Vaccination North-Western Provinces 1866-1877 - 1866-1877
Year: 1866
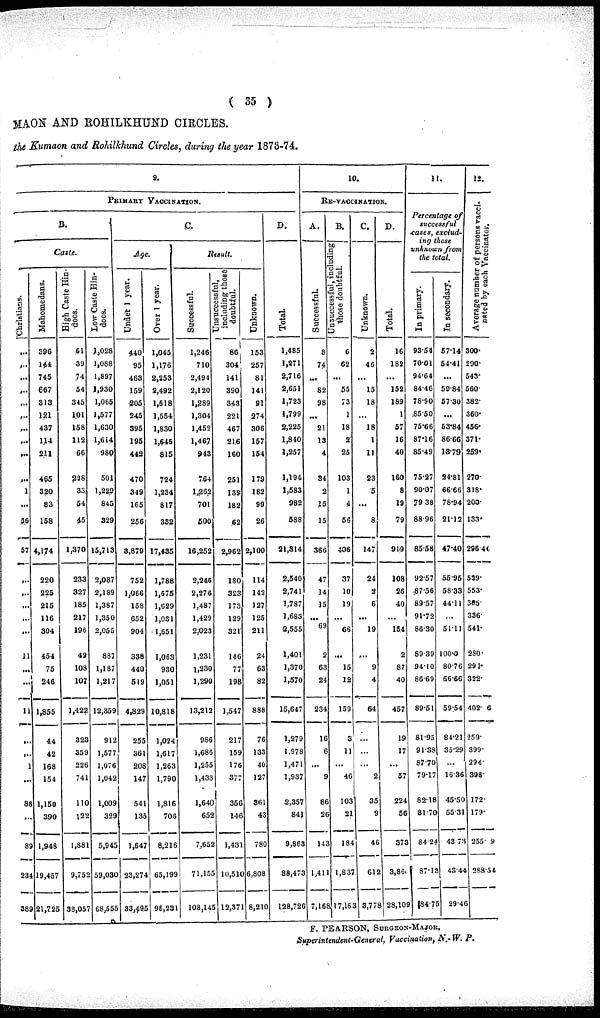
( 35 )
MAON AND ROHILKHUND CIRCLES.
the Kumaon and Rohilkhund Circles, during the year 1873-74.
9.
PRIMARY VACCINATION.
B.
Caste.
Christians.
...
...
...
...
...
...
...
...
...
...
1
...
56
57
...
...
...
...
...
11
...
...
11
...
...
1
...
88
...
89
234
389
Mahomedans.
396
144
745
667
313
121
437
114
211
465
320
83
158
4,174
220
225
215
116
304
454
75
246
1,855
44
42
168
154
1,150
390
1,948
19,457
21,725
High Caste Hin-
doos.
61
39
74
54
345
101
158
112
66
228
33
54
45
1,370
233
327
185
217
196
49
108
107
1,422
323
359
226
741
110
122
1,881
9,752
38,057
Low Caste Hin-
doos.
1,028
1,088
1,897
1,930
1,065
1,577
1,630
1,614
980
501
1,229
845
329
15,713
2,087
2,189
1,387
1,350
2,055
887
1,187
1,217
12,359
912
1,577
1,076
1,042
1,009
329
5,945
59,030
68,555
C.
Age.
Under 1 year.
440
95
463
159
205
245
395
195
442
470
349
165
256
3,879
752
1,066
158
652
904
338
440
519
4,829
255
361
208
147
541
135
1,647
23,274
33,495
Over 1 year.
1,045
1,176
2,253
2,492
1,518
1,554
1,830
1,645
815
724
1,234
817
332
17,435
1,788
1,675
1,629
1,031
1,651
1,063
930
1,051
10,818
1,024
1,617
1,263
1,790
1,816
706
8,216
65,199
96,231
Result.
Successful.
1,246
710
2,494
2,120
1,289
1,304
1,452
1,467
943
764
1,262
701
500
16,252
2,246
2,276
1,487
1,429
2,023
1,231
1,230
1,290
13,212
986
1,686
1,255
1,433
1,640
652
7,652
71,155
108,145
Unsuccessful,
including those
doubtful.
86
304
141
390
343
221
467
216
160
251
139
182
62
2,962
180
323
173
129
321
146
77
198
1,547
217
159
176
377
356
146
1,431
10,510
12,371
Unknown.
153
257
81
141
91
274
306
157
154
179
182
99
26
2,100
114
142
127
125
211
24
63
82
888
76
133
40
127
361
43
780
6,808
8,210
D.
Total.
1,485
1,271
2,716
2,651
1,723
1,799
2,225
1,840
1,257
1,194
1,583
982
588
21,314
2,540
2,741
1,787
1,683
2,555
1,401
1,370
1,570
15,647
1,279
1.978
1,471
1,937
2,357
841
9,868
88,473
128,726
10.
RE-VACCINATION.
A.
Successful.
8
74
...
82
98
...
21
13
4
34
2
15
15
366
47
14
15
...
69
2
63
24
234
16
6
...
9
86
26
143
1,411
7,168
B.
Unsuccessful, including
those doubtful.
6
62
...
55
73
1
18
2
25
103
1
4
56
406
37
10
19
...
66
...
15
12
159
3
11
...
46
103
21
184
1,837
17,163
C.
Unknown.
2
46
...
15
18
...
18
1
11
23
5
...
8
147
24
2
6
...
19
...
9
4
64
...
...
...
2
35
9
46
612
3,778
D.
Total.
16
182
...
152
189
1
57
16
40
160
8
19
79
919
108
26
40
...
154
2
87
40
457
19
17
...
57
224
56
373
3,86
28,109
11.
Percentage of
successful
cases, exclud-
ing those
unknown from
the total.
In primary.
93.54
70.01
94.64
84.46
78.90
85 50
75.66
87.16
85.49
75.27
90.07
79.38
88.96
85.58
92.57
87.56
89.57
91.72
86.30
89.39
94.10
86.69
89.51
81.95
91.38
87.70
79.17
82.18
81.70
84.24
87.13
84.75
In secondary.
57.14
54.41
...
59.84
57.30
...
53.84
86.66
13.79
24.81
66.66
78.94
21.12
47.40
55.95
58.33
44.11
...
51.11
100.0
80.76
66.66
59.54
84.21
35.29
...
16.36
45.50
55.31
43.73
43.44
29.46
12.
Average number of persons vacci-
nated by each Vaccinator.
300.
290.
543.
560.
382.
360.
456.
371.
259.
270.
318.
200.
133.
296.44
529.
553.
305.
336.
541.
280.
291.
322.
402.6
259.
399.
294.
398.
172.
179.
255. 9
288.54
F. PEARSON, SURGEON-MAJOR,
Superintendent-General, Vaccination, N.-W. P.